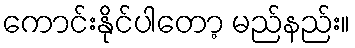
ကောင်းနိုင်ပါတော့ မည်နည်း။